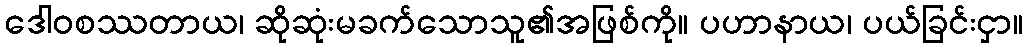
ဒေါဝစဿတာယ၊ ဆိုဆုံးမခက်သောသူ၏အဖြစ်ကို။ ပဟာနာယ၊ ပယ်ခြင်းငှာ။